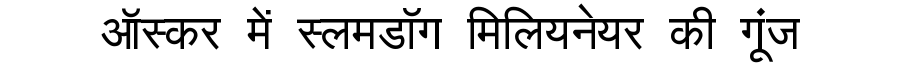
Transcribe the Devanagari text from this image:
ऑस्कर में स्लमडॉग मिलियनेयर की गूंज